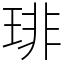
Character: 琲